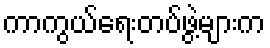
ကာကွယ်ရေးတပ်ဖွဲ့များက